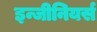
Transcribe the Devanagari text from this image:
इन्जीनियर्स